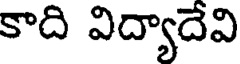
కాది విద్యాదేవి